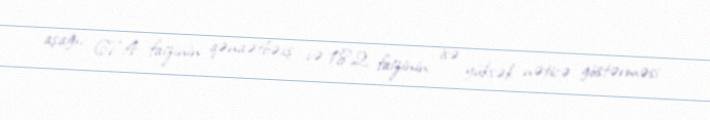
aşağı, 67,4 faizinin qənaətbəxş və 18,2 faizinin isə yüksək nəticə göstərməsi